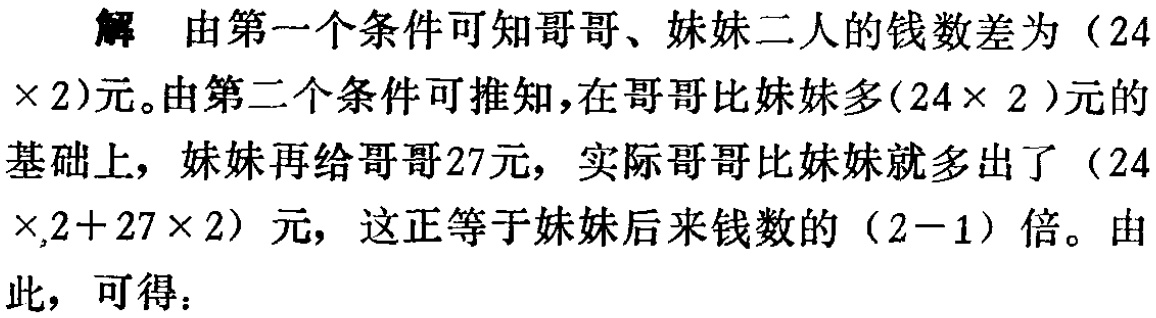
解 由第一个条件可知哥哥、妹妹二人的钱数差为（$24\times 2$)元。由第二个条件可推知，在哥哥比妹妹多($24\times 2$)元的基础上，妹妹再给哥哥27元，实际哥哥比妹妹就多出了（$24\times 2 + 27\times 2$）元，这正等于妹妹后来钱数的（$2 - 1$）倍。由此，可得：